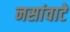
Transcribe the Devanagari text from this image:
नसांवाटे